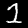
Label: 1